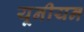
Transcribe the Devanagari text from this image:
यूनीयन